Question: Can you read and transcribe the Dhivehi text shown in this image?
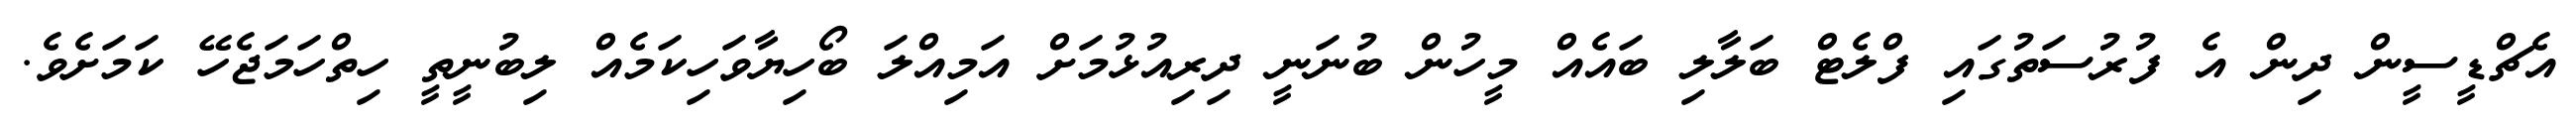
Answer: އެޗްޑީސީން ދިން އެ ފުރުސަތުގައި ފްލެޓް ބަލާލި ބައެއް މީހުން ބުނަނީ ދިރިއުޅުމަށް އަމިއްލަ ބޯހިޔާވަހިކަމެއް ލިބުނީތީ ހިތްހަމަޖެހޭ ކަމަށެވެ.